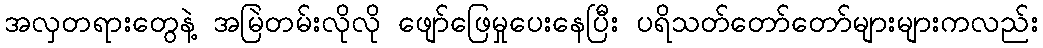
အလှတရားတွေနဲ့ အမြဲတမ်းလိုလို ဖျော်ဖြေမှုပေးနေပြီး ပရိသတ်တော်တော်များများကလည်း